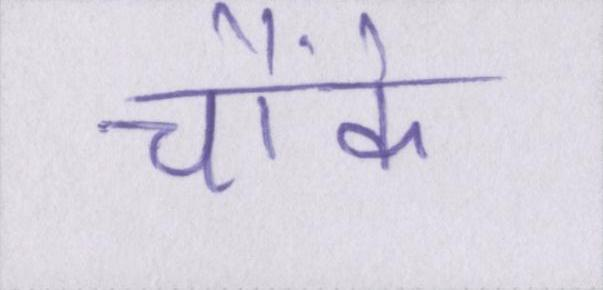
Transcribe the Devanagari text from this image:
चौंके